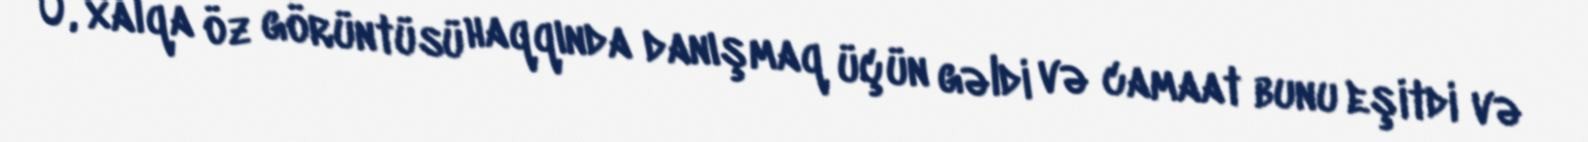
O, xalqa öz görüntüsü haqqında danışmaq üçün gəldi və camaat bunu eşitdi və